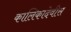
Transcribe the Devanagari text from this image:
कालिकादेवीस